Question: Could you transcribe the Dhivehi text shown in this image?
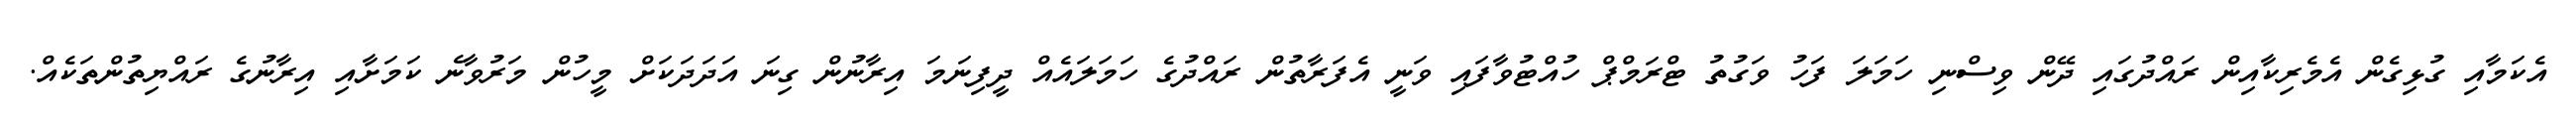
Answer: އެކަމާއި ގުޅިގެން އެމެރިކާއިން ރައްދުގައި ދޭން ވިސްނި ހަމަލަ ފަހު ވަގުތު ޓްރަމްޕް ހުއްޓުވާފައި ވަނީ އެފަރާތުން ރައްދުގެ ހަމަލައެއް ދީފިނަމަ އިރާނުން ގިނަ އަދަދަކަށް މީހުން މަރުވާނެ ކަމަށާއި އިރާނުގެ ރައްޔިތުންތަކެއް.